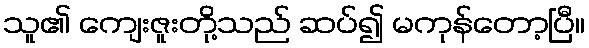
သူ၏ ကျေးဇူးတို့သည် ဆပ်၍ မကုန်တော့ပြီ။